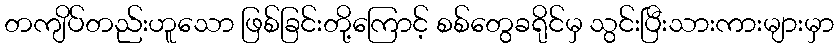
တကျိပ်တည်းဟူသော ဖြစ်ခြင်းတို့ကြောင့် စစ်တွေခရိုင်မှ သွင်းပြီးသားကားများမှာ